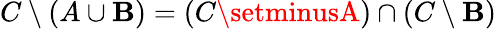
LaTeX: C\setminus(A\cup\mathbf{B})=(C\setminusA)\cap(C\setminus\mathbf{B})